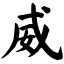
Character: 威